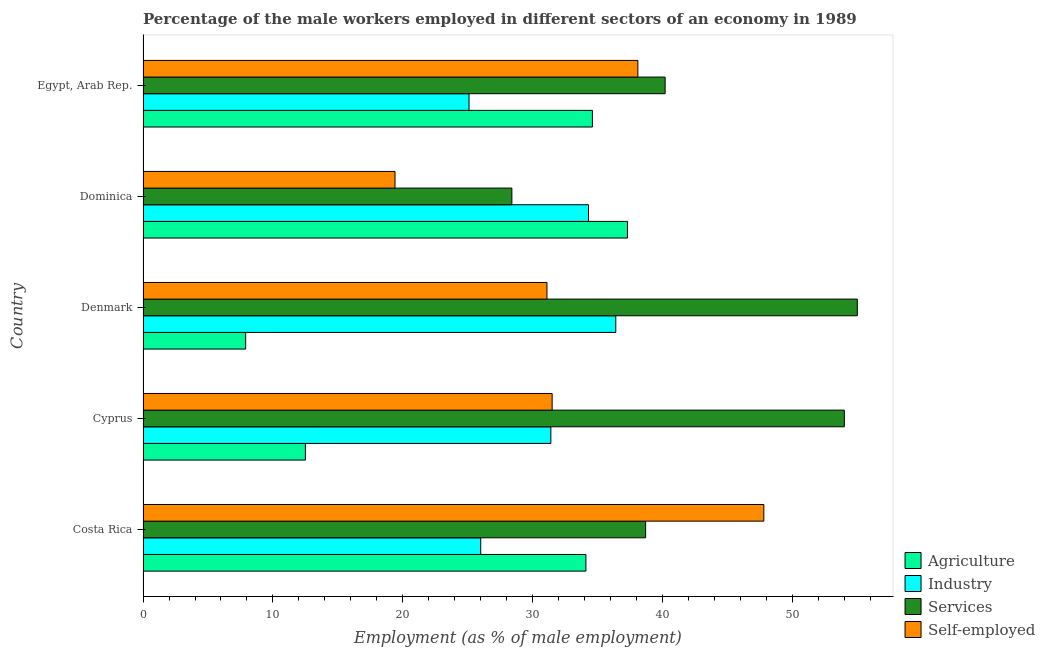
| Country | Agriculture | Industry | Services | Self-employed |
 | --- | --- | --- | --- | --- |
 | Costa Rica | 34.1 | 26 | 38.7 | 47.8 |
 | Cyprus | 12.5 | 31.4 | 54 | 31.5 |
 | Denmark | 7.9 | 36.4 | 55 | 31.1 |
 | Dominica | 37.3 | 34.3 | 28.4 | 19.4 |
 | Egypt, Arab Rep. | 34.6 | 25.1 | 40.2 | 38.1 |